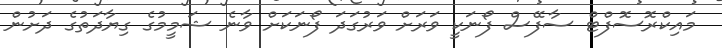
މައިކްރޮސޮފްޓް ސާފޭސް ފޯނަކީ ވަރަށް ވަރުގަދަ ފޯނަކަށް ވާނެ ޝަމީމުގެ ގިޔާދަތުގެ ދަށުން